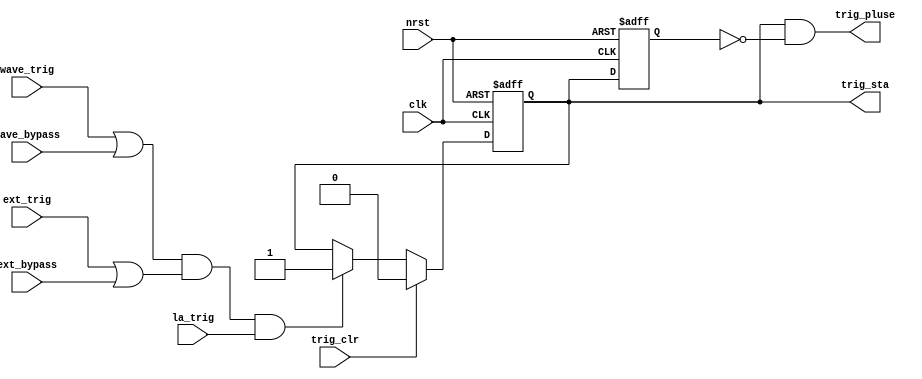
module dso_trig(nrst, clk, wave_trig, wave_bypass, la_trig, ext_trig, ext_bypass,
                trig_clr, trig_sta, trig_pluse);
    input nrst;
    input clk;
    input wave_trig;
    input wave_bypass;
    input la_trig;
    input ext_trig;
    input ext_bypass;
    input trig_clr;
    output trig_sta;
    output trig_pluse;
    
    reg trig_sta;
    reg trig_last;
    wire trig_cap;
    
    assign trig_cap = (wave_trig | wave_bypass) & (ext_trig | ext_bypass) & la_trig;
    assign trig_pluse = trig_sta & ~trig_last;
    
    always @(posedge clk or negedge nrst) begin
        if (~nrst) begin
            trig_sta <= 1'b0;
        end else if (trig_clr) begin
            trig_sta <= 1'b0;
        end else if (trig_cap) begin
            trig_sta <= 1'b1;
        end
    end
    
    always @(posedge clk or negedge nrst) begin
        if (~nrst) begin
            trig_last <= 1'b0;
        end else begin
            trig_last <= trig_sta;
        end
    end
endmodule